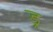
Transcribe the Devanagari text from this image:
ड्र